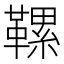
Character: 𩌹